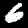
Digit: 6